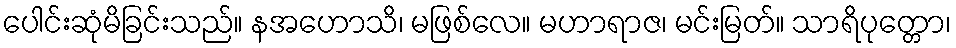
ပေါင်းဆုံမိခြင်းသည်။ နအဟောသိ၊ မဖြစ်လေ။ မဟာရာဇ၊ မင်းမြတ်။ သာရိပုတ္တော၊